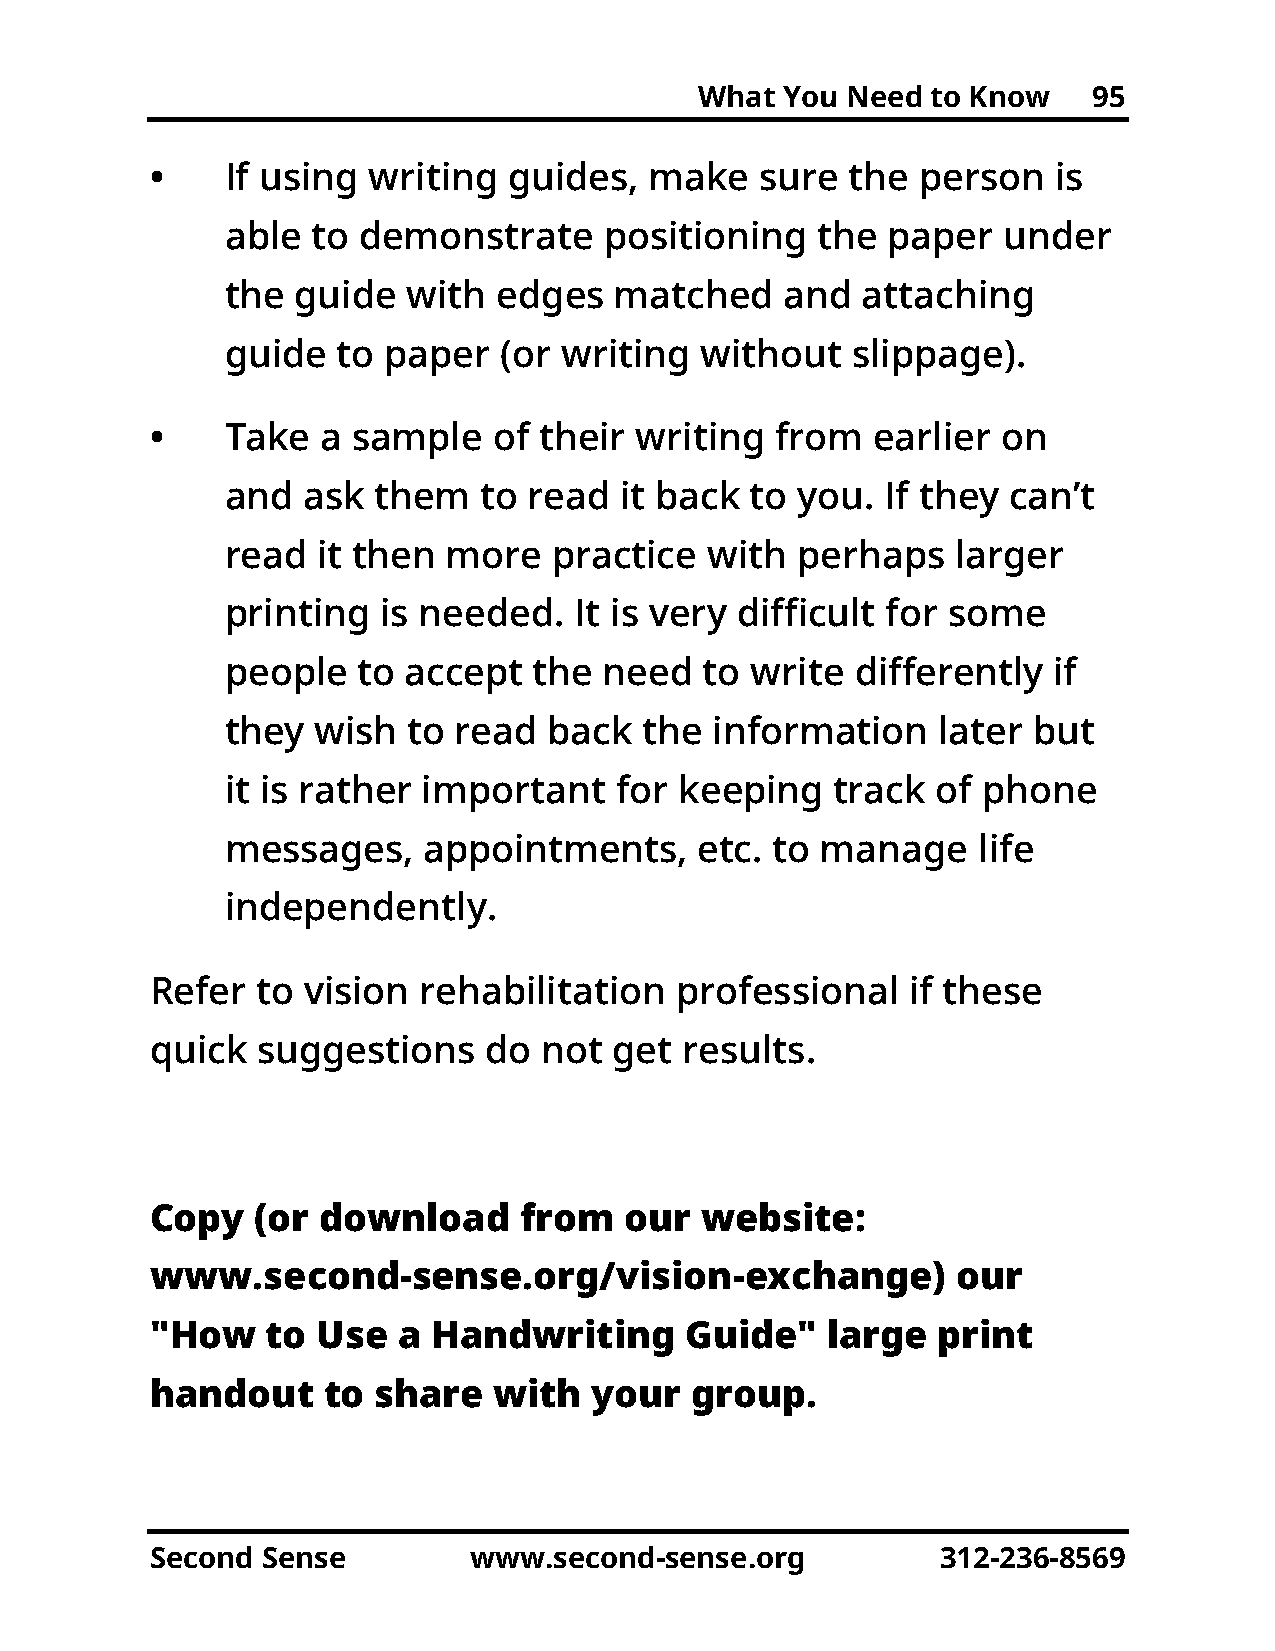
What  You Need  to Know   95
 •    If using writing   guides,  make   sure  the  person   is
 able  to demonstrate     positioning   the  paper  under
 the  guide  with  edges   matched    and  attaching
 guide  to paper   (or writing  without   slippage).
 •    Take  a sample    of their writing  from   earlier on
 and  ask  them   to read  it back  to you.  If they can’t
 read  it then  more   practice  with  perhaps   larger
 printing  is needed.   It is very difficult for some
 people   to accept  the  need   to write  differently  if
 they  wish  to read  back   the information    later but
 it is rather important    for keeping   track  of phone
 messages,    appointments,     etc. to manage     life
 independently.
 Refer  to vision  rehabilitation   professional   if these
 quick  suggestions    do  not  get results.
 Copy   (or download     from   our  website:
 www.second-sense.org/vision-exchange)                our
 "How    to Use  a  Handwriting     Guide"    large  print
 handout    to  share   with  your   group.
 Second Sense         www.second-sense.org           312-236-8569